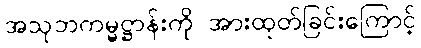
အသုဘကမ္မဋ္ဌာန်းကို အားထုတ်ခြင်းကြောင့်